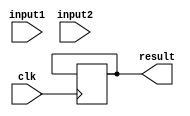
module BinaryMultiplier(clk,input1,input2,result);
  input clk;
 // input enable;
  input [3:0] input1,input2;
  output [7:0] result;
  
  
  reg [2:0] i;
  //integer i;
  reg [7:0] register;
  reg [7:0] tmp;
  reg [7:0] result;
  reg enable;
  
  initial
  begin
   // i=3'b000;
    i<=0;
    register<=8'b00000000;
  end
  
  always @( input1 or input2)
  begin
    enable<=1'b1;
    i<=0;
    register<=8'b00000000;

  end
  
  always @( negedge clk)
  begin
    if(enable)
    begin
      
      if(i<4)
      begin
        if(i==0) tmp={4'b0000,input2};
        tmp<=tmp<<1;
        if(input1[i])
        begin  
          
          register<=register+tmp;
        end
        i<=i+1;
        
      end
      else if(i==4)
      begin
        result<=register;
        //i<=3'b000;
        i=0;
        register<=8'b00000000;
        enable<=1'b0;
        
      end
    end
  end
  
endmodule